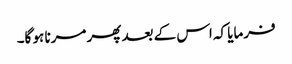
فرمایا کہ اس کے بعد پھر مرنا ہو گا۔